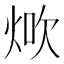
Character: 𤉚